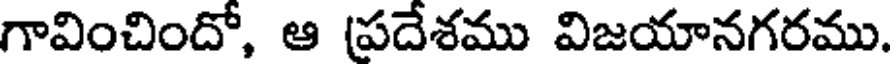
గావించిందో, ఆ (పదేశము విజయానగరము.